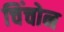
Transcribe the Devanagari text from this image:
चिंचोन